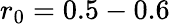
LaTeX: r_{0}=0.5-0.6